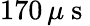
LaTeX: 170\, \mu\mathrm{~s~}